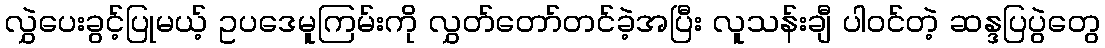
လွှဲပေးခွင့်ပြုမယ့် ဥပဒေမူကြမ်းကို လွှတ်တော်တင်ခဲ့အပြီး လူသန်းချီ ပါဝင်တဲ့ ဆန္ဒပြပွဲတွေ